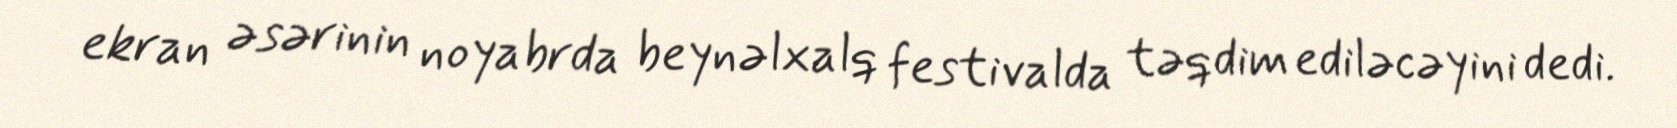
ekran əsərinin noyabrda beynəlxalq festivalda təqdim ediləcəyini dedi.